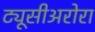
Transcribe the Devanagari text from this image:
ट्यूसीअरोरा